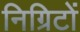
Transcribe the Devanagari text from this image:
निग्रिटों